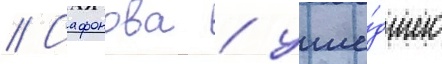
// Сафонова / уше́дшего